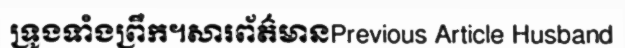
ទ្រូងទាំងព្រឹក។សារព័ត៌មានPrevious Article Husband